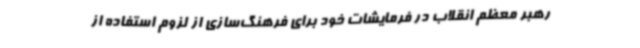
رهبر معظم انقلاب در فرمایشات خود برای فرهنگ‌سازی از لزوم استفاده از